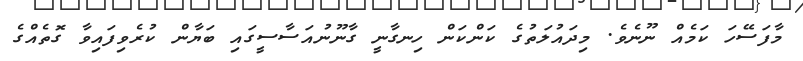
މާފަސޭހަ ކަމެއް ނޫނެވެ. މިދައުލަތުގެ ކަންކަން ހިނގާނީ ގާނޫނުއަސާސީގައި ބަޔާން ކުރެވިފައިވާ ގޮތެއްގެ